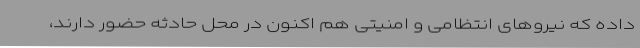
داده که نیروهای انتظامی و امنیتی هم اکنون در محل حادثه حضور دارند،